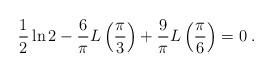
LaTeX: \begin{align*}\frac{1}{2} \ln 2 - \frac{6}{\pi} L\left( \frac{\pi}{3} \right)+ \frac{9}{\pi} L \left( \frac{\pi}{6} \right) = 0 \; .\end{align*}